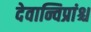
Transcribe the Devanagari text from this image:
देवान्विप्रांश्च